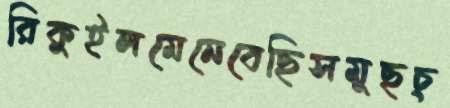
রিকুইলমেনেবেছিসমুছচ্